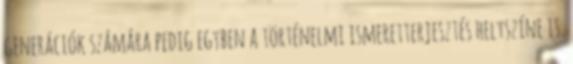
generációk számára pedig egyben a történelmi ismeretterjesztés helyszíne is.